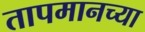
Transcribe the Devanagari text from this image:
तापमानच्या